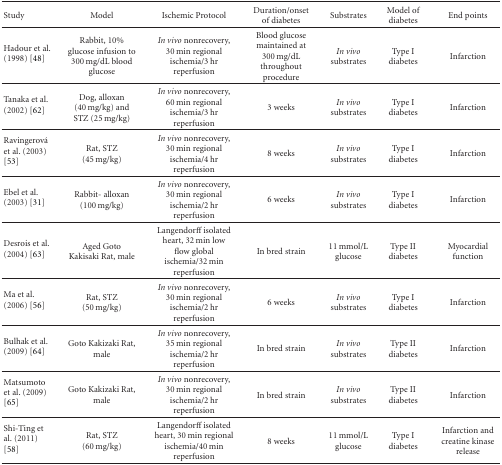
| Study | Model | Ischemic Protocol | Duration/onset of diabetes | Substrates | Model of diabetes | End points |
 | --- | --- | --- | --- | --- | --- | --- |
 | Hadour et al. (1998) [48] | Rabbit, 10% glucose infusion to 300 mg/dL blood glucose | In vivo nonrecovery, 30 min regional ischemia/3 hr reperfusion | Blood glucose maintained at 300 mg/dL throughout procedure | In vivo substrates | Type I diabetes | Infarction |
 | Tanaka et al. (2002) [62] | Dog, alloxan (40 mg/kg) and STZ (25 mg/kg) | In vivo nonrecovery, 60 min regional ischemia/3 hr reperfusion | 3 weeks | In vivo substrates | Type I diabetes | Infarction |
 | Ravingerová et al. (2003) [53] | Rat, STZ (45 mg/kg) | In vivo nonrecovery, 30 min regional ischemia/4 hr reperfusion | 8 weeks | In vivo substrates | Type I diabetes | Infarction |
 | Ebel et al. (2003) [31] | Rabbit- alloxan (100 mg/kg) | In vivo nonrecovery, 30 min regional ischemia/2 hr reperfusion | 6 weeks | In vivo substrates | Type I diabetes | Infarction |
 | Desrois et al. (2004) [63] | Aged Goto Kakisaki Rat, male | Langendorff isolated heart, 32 min low flow global ischemia/32 min reperfusion | In bred strain | 11 mmol/L glucose | Type II diabetes | Myocardial function |
 | Ma et al. (2006) [56] | Rat, STZ (50 mg/kg) | In vivo nonrecovery, 30 min regional ischemia/2 hr reperfusion | 6 weeks | In vivo substrates | Type I diabetes | Infarction |
 | Bulhak et al. (2009) [64] | Goto Kakizaki Rat, male | In vivo nonrecovery, 35 min regional ischemia/2 hr reperfusion | In bred strain | In vivo substrates | Type II diabetes | Infarction |
 | Matsumoto et al. (2009) [65] | Goto Kakizaki Rat, male | In vivo nonrecovery, 30 min regional ischemia/2 hr reperfusion | In bred strain | In vivo substrates | Type II diabetes | Infarction |
 | Shi-Ting et al. (2011) [58] | Rat, STZ (60 mg/kg) | Langendorff isolated heart, 30 min regional ischemia/40 min reperfusion | 8 weeks | 11 mmol/L glucose | Type I diabetes | Infarction and creatine kinase release |